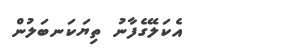
އެކަލޭގެފާނު ތިޔަކަނބަލުން